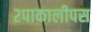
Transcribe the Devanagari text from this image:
२पाकालीपस